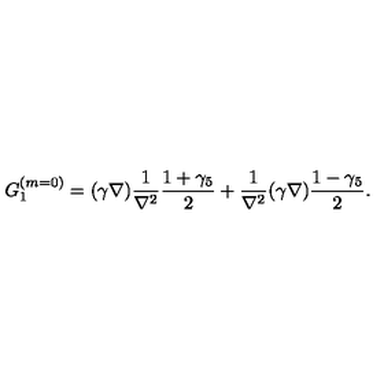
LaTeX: G _ { 1 } ^ { ( m = 0 ) } = ( \gamma \nabla ) \frac { 1 } { \nabla ^ { 2 } } \frac { 1 + \gamma _ { 5 } } { 2 } + \frac { 1 } { \nabla ^ { 2 } } ( \gamma \nabla ) \frac { 1 - \gamma _ { 5 } } { 2 } .